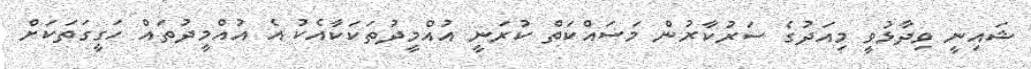
ޝައިނީ ވިދާޅުވީ މިއަދުގެ ސަރުކާރުން މަސައްކަތް ކުރަނީ އުއްމީދުތަކަކާއެކު އެ އުއްމީދުތައް ހަގީގަތަކަށް